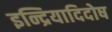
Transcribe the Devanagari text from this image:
इन्द्रियादिदोष